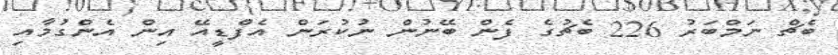
ބެޗް ނަމްބަރު 226 ބެޗުގެ ފެން ބޭނުން ނުކުރަން އެފްޑީއޭ އިން އެންގުމާއި